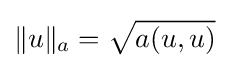
\|u\|_{a}={\sqrt {a(u,u)}}